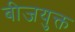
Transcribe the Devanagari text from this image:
बीजयुक्त